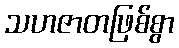
သဟဇာတဖြစ်စွာ